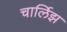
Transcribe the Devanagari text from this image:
चार्लिझ